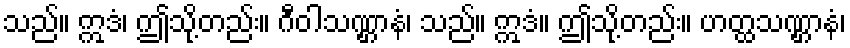
သည်။ ဣဒံ၊ ဤသို့တည်း။ ဂီဝါသဏ္ဌာနံ၊ သည်။ ဣဒံ။ ဤသို့တည်း။ ဟတ္ထသဏ္ဌာနံ၊